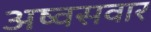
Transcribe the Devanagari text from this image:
अष्वसवार